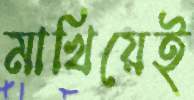
মাখিয়েই